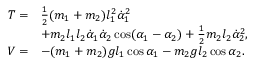
\begin{array} { r l } { T = } & { \frac { 1 } { 2 } ( m _ { 1 } + m _ { 2 } ) l _ { 1 } ^ { 2 } \dot { \alpha } _ { 1 } ^ { 2 } } \\ & { + m _ { 2 } l _ { 1 } l _ { 2 } \dot { \alpha } _ { 1 } \dot { \alpha } _ { 2 } \cos ( \alpha _ { 1 } - \alpha _ { 2 } ) + \frac { 1 } { 2 } m _ { 2 } l _ { 2 } \dot { \alpha } _ { 2 } ^ { 2 } , } \\ { V = } & { - ( m _ { 1 } + m _ { 2 } ) g l _ { 1 } \cos \alpha _ { 1 } - m _ { 2 } g l _ { 2 } \cos \alpha _ { 2 } . } \end{array}